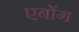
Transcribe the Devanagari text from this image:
एबोंग